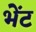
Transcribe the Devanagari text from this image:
भेेंट